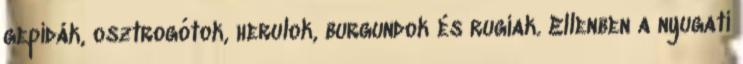
gepidák, osztrogótok, herulok, burgundok és rugiak. Ellenben a nyugati